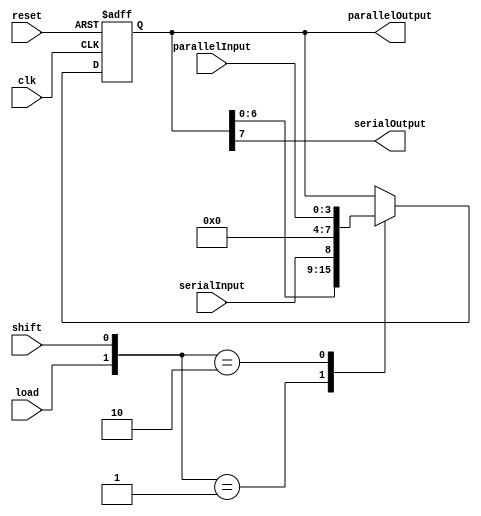
/*********************** 
* Name:
*	ShiftRegisterLeft.v
* Description:
* Shift Register entra numero paralelo sale serial
* 
* Inputs:
*	clk: Input Clock 
*	reset: Seal de entrada de reset
*	serialInput: Entrada Serial
*	load: Load data
*	shift: Shift data
*	parallelInput: Entrada Paralela
* Outputs:
*	serialOutput: Salida de dato serial
*	parallelOutput: Salida de dato paralelo
* Version:  
*	1.0
* Author: 
*	Jos Luis Pizano Escalante
* Modificacion:
*	Ivan Martinez Flores & Jorge Araiza Martinez 
* Fecha: 
*	26/09/2018
***********************/

module ShiftRegisterLeft
#(
	parameter WORD_LENGTH = 4,
	parameter WORD = WORD_LENGTH*2
)
(
	input clk,
	input reset,
	input serialInput,
	input load,
	input shift,
	input [WORD_LENGTH - 1 : 0] parallelInput,
	
	output serialOutput,
	output [WORD - 1 : 0] parallelOutput
	

);

reg [WORD - 1 : 0] shiftRegister_logic;


always@(posedge clk, negedge reset) begin
	
	if(reset == 1'b0)
		shiftRegister_logic <= {WORD{1'b0}};
	else
		case ({load, shift})
			2'b01:
				shiftRegister_logic <= {shiftRegister_logic[WORD -2 : 0], serialInput};
			2'b10:
				shiftRegister_logic <= parallelInput;
			default:
				shiftRegister_logic <= shiftRegister_logic;
		endcase
end


assign serialOutput = shiftRegister_logic[WORD - 1]; 
assign parallelOutput = shiftRegister_logic;


endmodule